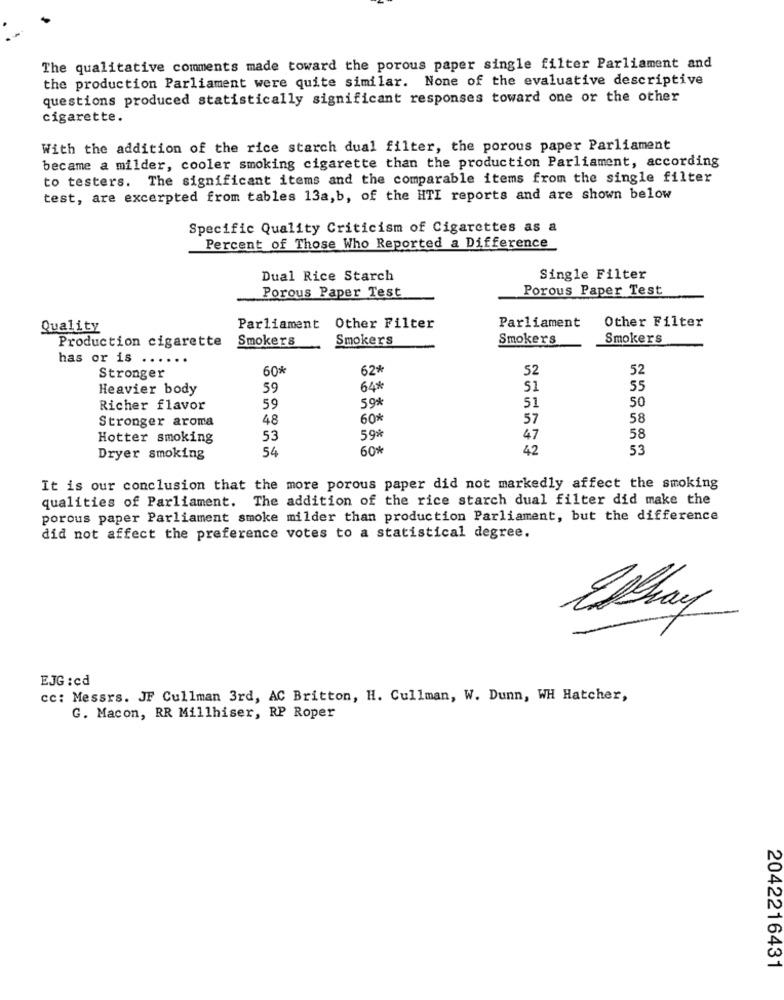
The qualitative comments made toward the porous paper single filter Parliament and
the production Parliament were quite similar. None of the evaluative descriptive
questions produced statistically significant responses toward one or the other
cigarette.
With the addition of the rice starch dual filter, the porous paper Parliament
became a milder, cooler smoking cigarette than the production Parliament, according
to testers. The significant items and the comparable items from the single filter
test, are excerpted from tables 13a,b, of the HTI reports and are shown below
Specific Quality Criticism of Cigarettes as a
Percent of Those Who Reported a Difference
Dual Rice Starch
Single Filter
Porous Paper Test
Porous Paper Test
Other Filter
Quality
Parliament
Other Filter
Parliament
Smokers
Smokers
Smokers
Smokers
Production cigarette
has or is
60%
62%
52
52
Stronger
Heavier body
59
64*
51
55
59%
50
Richer flavor
59
51
Stronger aroma
48
60%
57
58
Hotter smoking
53
59*
47
58
54
60%
42
53
Dryer smoking
It is our conclusion that the more porous paper did not markedly affect the smoking
qualities of Parliament. The addition of the rice starch dual filter did make the
porous paper Parliament smoke milder than production Parliament, but the difference
did not affect the preference votes to a statistical degree.
Ephay
EJG :cd
cc: Messrs. JF Cullman 3rd, AC Britton, H. Cullman, W. Dunn, WH Hatcher,
G. Macon, RR Millhiser, RP Roper
2042216431